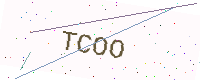
Text: TCOO